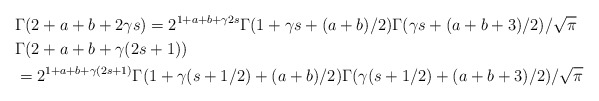
\begin{align*}&\Gamma(2+a+b+2\gamma s) = 2^{1+a+b+\gamma 2s}\Gamma(1+\gamma s + (a+b)/2)\Gamma(\gamma s+(a+b+3)/2)/\sqrt{\pi}\\&\Gamma(2+a+b+\gamma(2s+1)) \\&= 2^{1+a+b+\gamma(2s+1)}\Gamma(1+\gamma(s+1/2)+(a+b)/2)\Gamma(\gamma(s+1/2)+(a+b+3)/2)/\sqrt{\pi}\end{align*}